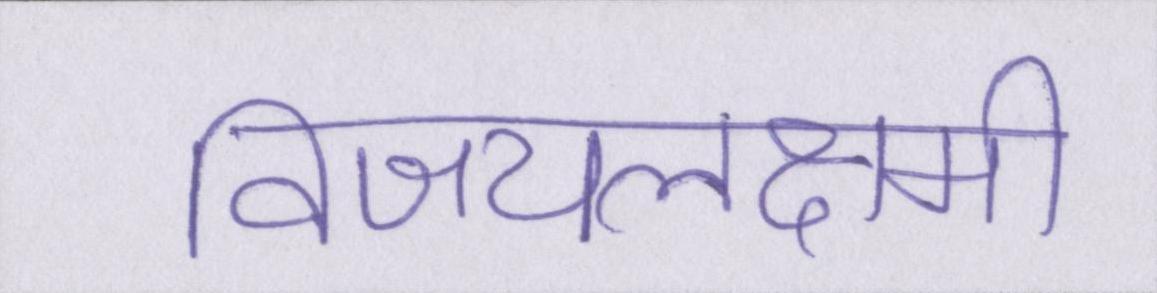
विजयलक्ष्मी